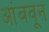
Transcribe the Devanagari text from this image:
आंबवून